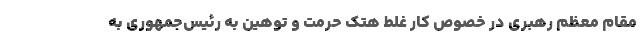
مقام معظم رهبری در خصوص کار غلط هتک حرمت و توهین به رئیس‌جمهوری به